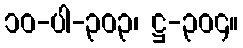
၁၀-ပါ-၃၀၃၊ ဋ္ဌ-၃၀၄။